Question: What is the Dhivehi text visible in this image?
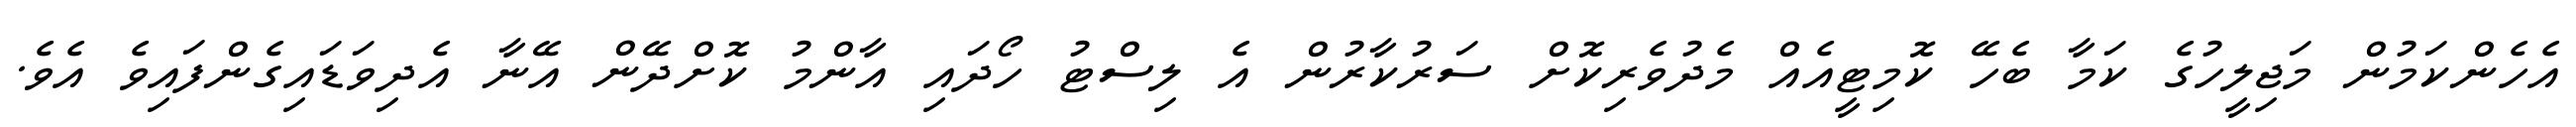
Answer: އެހެންކަމުން މަޖިލީހުގެ ކަމާ ބެހޭ ކޮމިޓީއެއް މެދުވެރިކޮށް ސަރުކާރުން އެ ލިސްޓު ހޯދައި އާންމު ކޮށްދޭން އޭނާ އެދިވަޑައިގެންފައިވެ އެވެ.